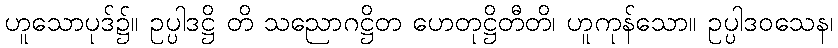
ဟူသောပုဒ်၌။ ဥပ္ပါဒဋ္ဌိ တိ သညောဂဋ္ဌိတ ဟေတုဋ္ဌိတီတိ၊ ဟူကုန်သော။ ဥပ္ပါဒဝသေန၊